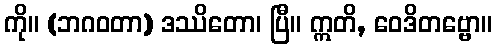
ကို။ (ဘဂဝတာ) ဒဿိတော၊ ပြီ။ ဣတိ, ဝေဒိတဗ္ဗော။